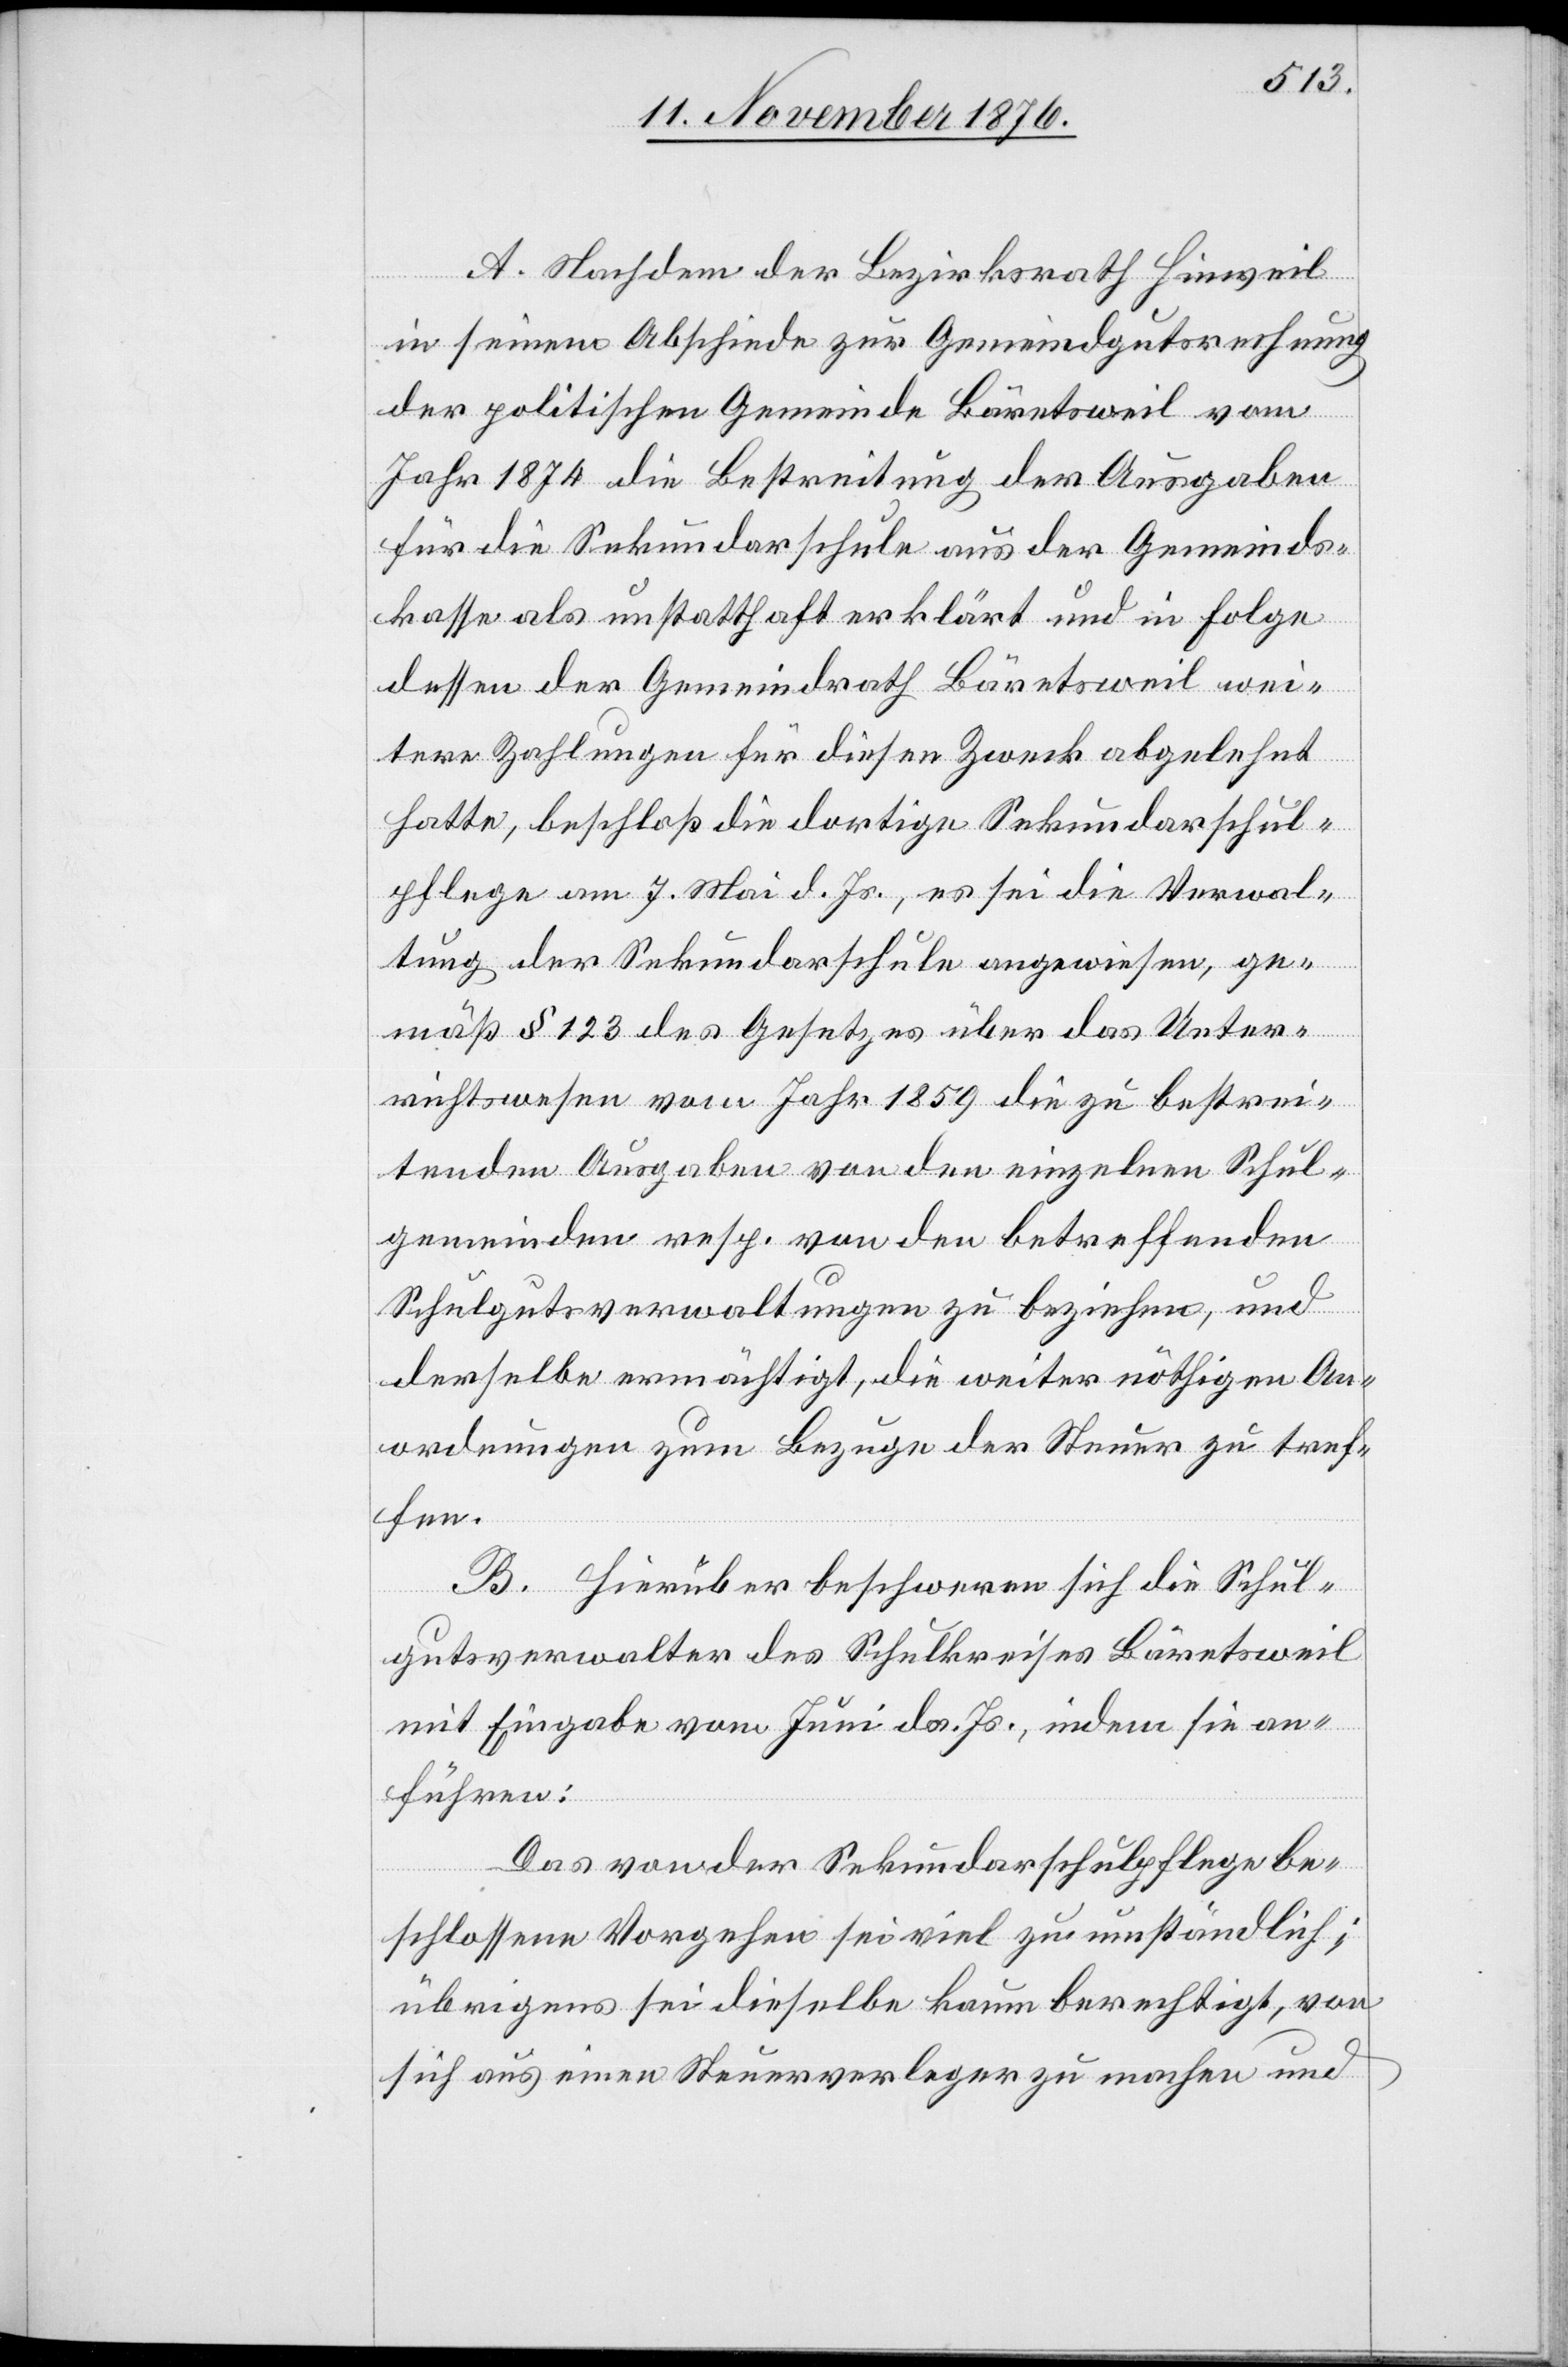
A. Nachdem der Bezirksrath Hinweil
in seinem Abschiede zur Gemeindgutsrechnung
der politischen Gemeinde Bäretsweil vom
Jahr 1874 die Bestreitung der Ausgaben
für die Sekundarschule aus der Gemeinds¬
kasse als unstatthaft erklärt und in Folge
dessen der Gemeindrath Bäretsweil wei¬
tere Zahlungen für diesen Zweck abgelehnt
hatte, beschloß die dortige Sekundarschul¬
pflege am 7. Mai d. Js., es sei die Verwal¬
tung der Sekundarschule angewiesen, ge¬
mäß § 123 des Gesetzes über das Unter¬
richtswesen vom Jahr 1859 die zu bestrei¬
tenden Ausgaben von den einzelnen Schul¬
gemeinden resp. von den betreffenden
Schulgutsverwaltungen zu beziehen, und
derselbe ermächtigt, die weiter nöthigen An¬
ordnungen zum Bezug der Steuer zu tref¬
fen.
B. Hierüber beschweren sich die Schul¬
gutsverwalter des Schulkreises Bäretsweil
mit Eingabe vom Juni ds. Js., indem sie an¬
führen:
Das von der Sekundarschulpflege be¬
schlossene Vorgehen sei viel zu umständlich;
übrigens sei dieselbe kaum berechtigt, von
sich aus einen Steuerverleger zu machen und